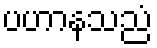
ပဟာနသညံ